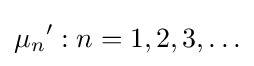
{{\mu _{n}}':n=1,2,3,\dots }